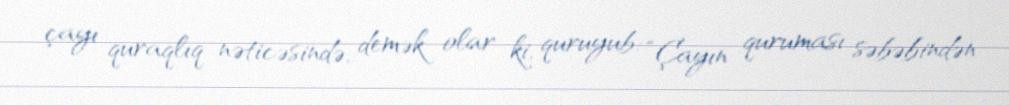
çayı quraqlıq nəticəsində, demək olar ki, quruyub: “Çayın quruması səbəbindən